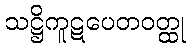
သဋ္ဌိကူဋပေတဝတ္ထု